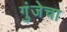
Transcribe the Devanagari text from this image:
गुंजेचा